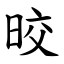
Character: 晈